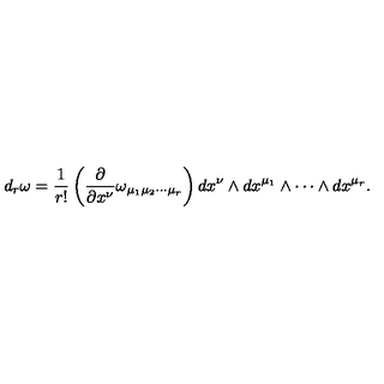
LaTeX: d _ { r } \omega = \frac { 1 } { r ! } \left( \frac { \partial } { \partial x ^ { \nu } } \omega _ { \mu _ { 1 } \mu _ { 2 } \cdots \mu _ { r } } \right) d x ^ { \nu } \wedge d x ^ { \mu _ { 1 } } \wedge \cdots \wedge d x ^ { \mu _ { r } } .